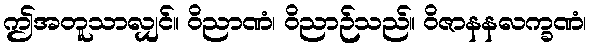
ဤအတူသာလျှင်။ ဝိညာဏံ၊ ဝိညာဉ်သည်။ ဝိဇာနနလက္ခဏံ၊